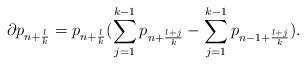
LaTeX: \begin{align*}\partial p_{n+\frac{l}{k}}=p_{n+\frac{l}{k}}(\sum_{j=1}^{k-1}p_{n+\frac{l+j}{k}}-\sum_{j=1}^{k-1}p_{n-1+\frac{l+j}{k}}).\end{align*}